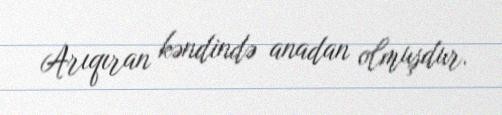
Arıqıran kəndində anadan olmuşdur.